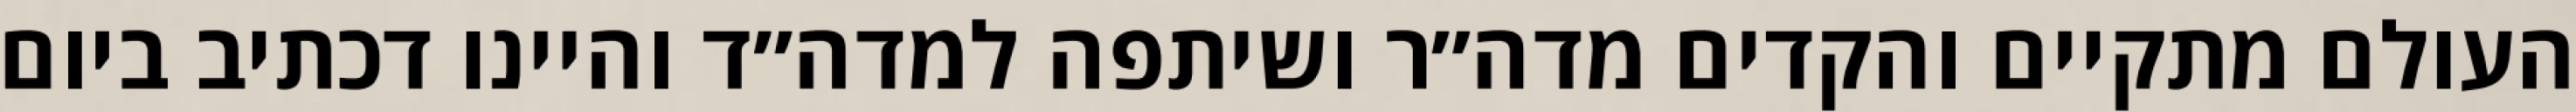
העולם מתקיים והקדים מדה״ר ושיתפה למדה״ד והיינו דכתיב ביום